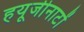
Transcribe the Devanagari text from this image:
हयूजीनाटों